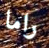
راما